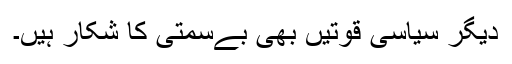
دیگر سیاسی قوتیں بھی بےسمتی کا شکار ہیں۔